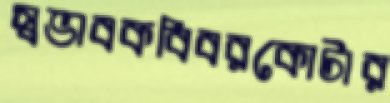
স্বভাবকবিবরকোটার